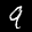
Label: 9